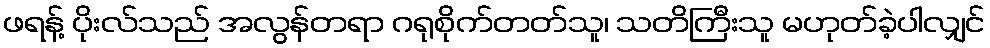
ဖရန့် ပိုးလ်သည် အလွန်တရာ ဂရုစိုက်တတ်သူ၊ သတိကြီးသူ မဟုတ်ခဲ့ပါလျှင်